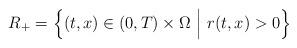
LaTeX: \begin{align*}R_+ = \left\{ (t,x) \in (0,T) \times \Omega \ \Big| \ r(t,x) > 0 \right\}\end{align*}